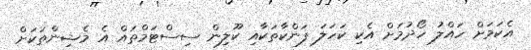
އެކަމަށް ހައްލު ހޯދުމަށް އެކި ކަހަލަ ފަންކާތަކާއި ކޫލިން ސިސްޓަމްތައް އެ މެޝިންތަކަށް